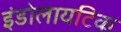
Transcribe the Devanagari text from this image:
इंडोलायटिक